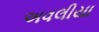
અવલીયા